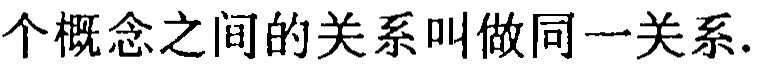
个概念之间的关系叫做同一关系.